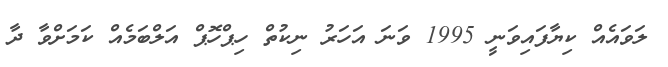
ލަވައެއް ކިޔާފައިވަނީ 1995 ވަނަ އަހަރު ނިކުތް ހިޕްހޮޕް އަލްބަމެއް ކަމަށްވާ ދާ